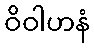
ဝိဝါဟနံ